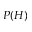
P ( H )